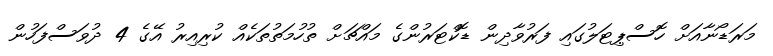
މަރަޑޯނާއަށް ހޮސްޕިޓަލުގައި ފަރުވާދިން ޑޮކްޓަރުންގެ މައްޗަށް ތުހުމަތުތަކެއް ކުރިއިރު އޭގެ 4 ދުވަސްފަހުން